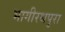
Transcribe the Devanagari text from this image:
भागीरथपुरा